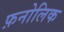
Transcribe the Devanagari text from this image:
फ़नोलिक